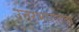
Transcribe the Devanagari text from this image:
उत्तरभारतावर